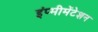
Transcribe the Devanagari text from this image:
इंप्मीमेंटेशन